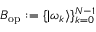
B _ { \mathrm { o p } } : = \{ | \omega _ { k } \rangle \} _ { k = 0 } ^ { N - 1 }